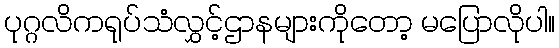
ပုဂ္ဂလိကရုပ်သံလွှင့်ဌာနများကိုတော့ မပြောလိုပါ။